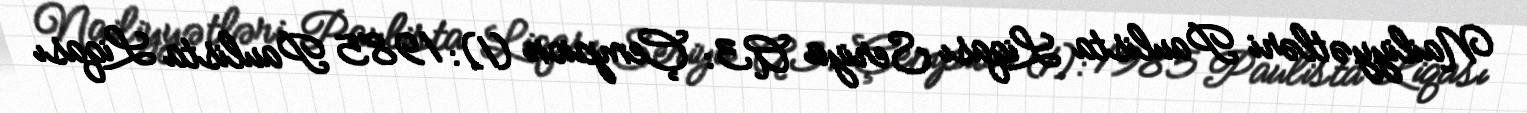
Nailiyyətləri Paulista Liqası Seriya A3: Çempion (1): 1985 Paulista Liqası